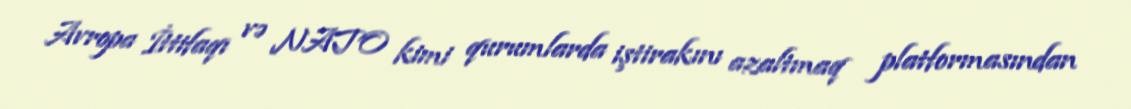
Avropa İttifaqı və NATO kimi qurumlarda iştirakını azaltmaq platformasından